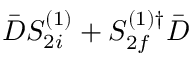
\bar { D } S _ { 2 i } ^ { ( 1 ) } + S _ { 2 f } ^ { ( 1 ) \dagger } \bar { D }